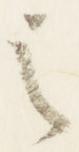
之